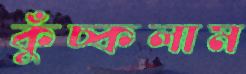
কুঁচ্‌কলাম